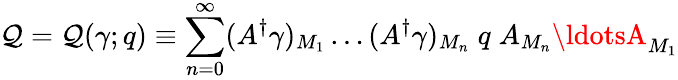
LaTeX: \mathcal{Q}=\mathcal{Q}(\gamma;q)\equiv\sum_{n=0}^{\infty}(A^{\dagger}\gamma)_{M_{1}}\ldots(A^{\dagger}\gamma)_{M_{n}}\; q\; A_{M_{n}}\ldotsA_{M_{1}}